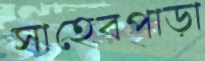
সাহেবপাড়া